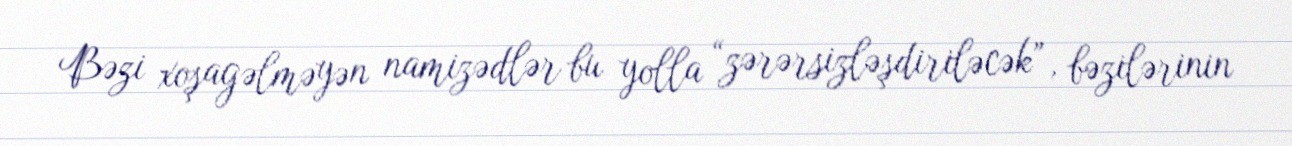
Bəzi xoşagəlməyən namizədlər bu yolla “zərərsizləşdiriləcək”, bəzilərinin